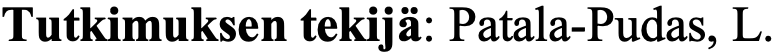
Tutkimuksen tekijä: Patala-Pudas, L.